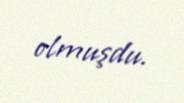
olmuşdu.